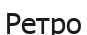
Ретро